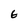
Character: b